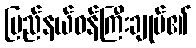
ပြည်နယ်ဝန်ကြီးချုပ်၏